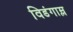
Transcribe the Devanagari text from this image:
विडंगाम्ल